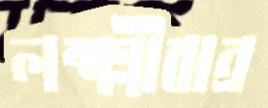
লক্ষ্মীবান্‌র